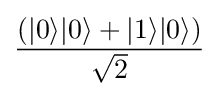
(|0\rangle |0\rangle +|1\rangle |0\rangle ) \over {\sqrt {2}}